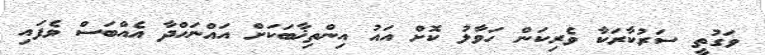
ވަގުތީ ސަރުކާރަކާ ވެރިކަން ހަވާލު ކޮށް އައު އިންތިޚާބަކަށް އައްނަހްދާ އެއްބަސް ވެފައި